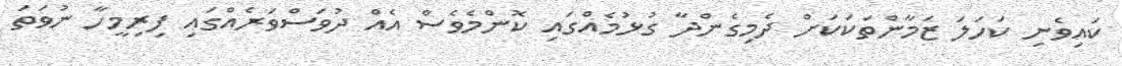
ކައިވެނި ކަހަލަ ޒަމާންތަކަކަށް ދެމިގެންދާ ގުޅުމެއްގައި ކޮންމެވެސް އެއް ދުވަސްވަރެއްގައި ފިރިމީހާ ނުވަތަ